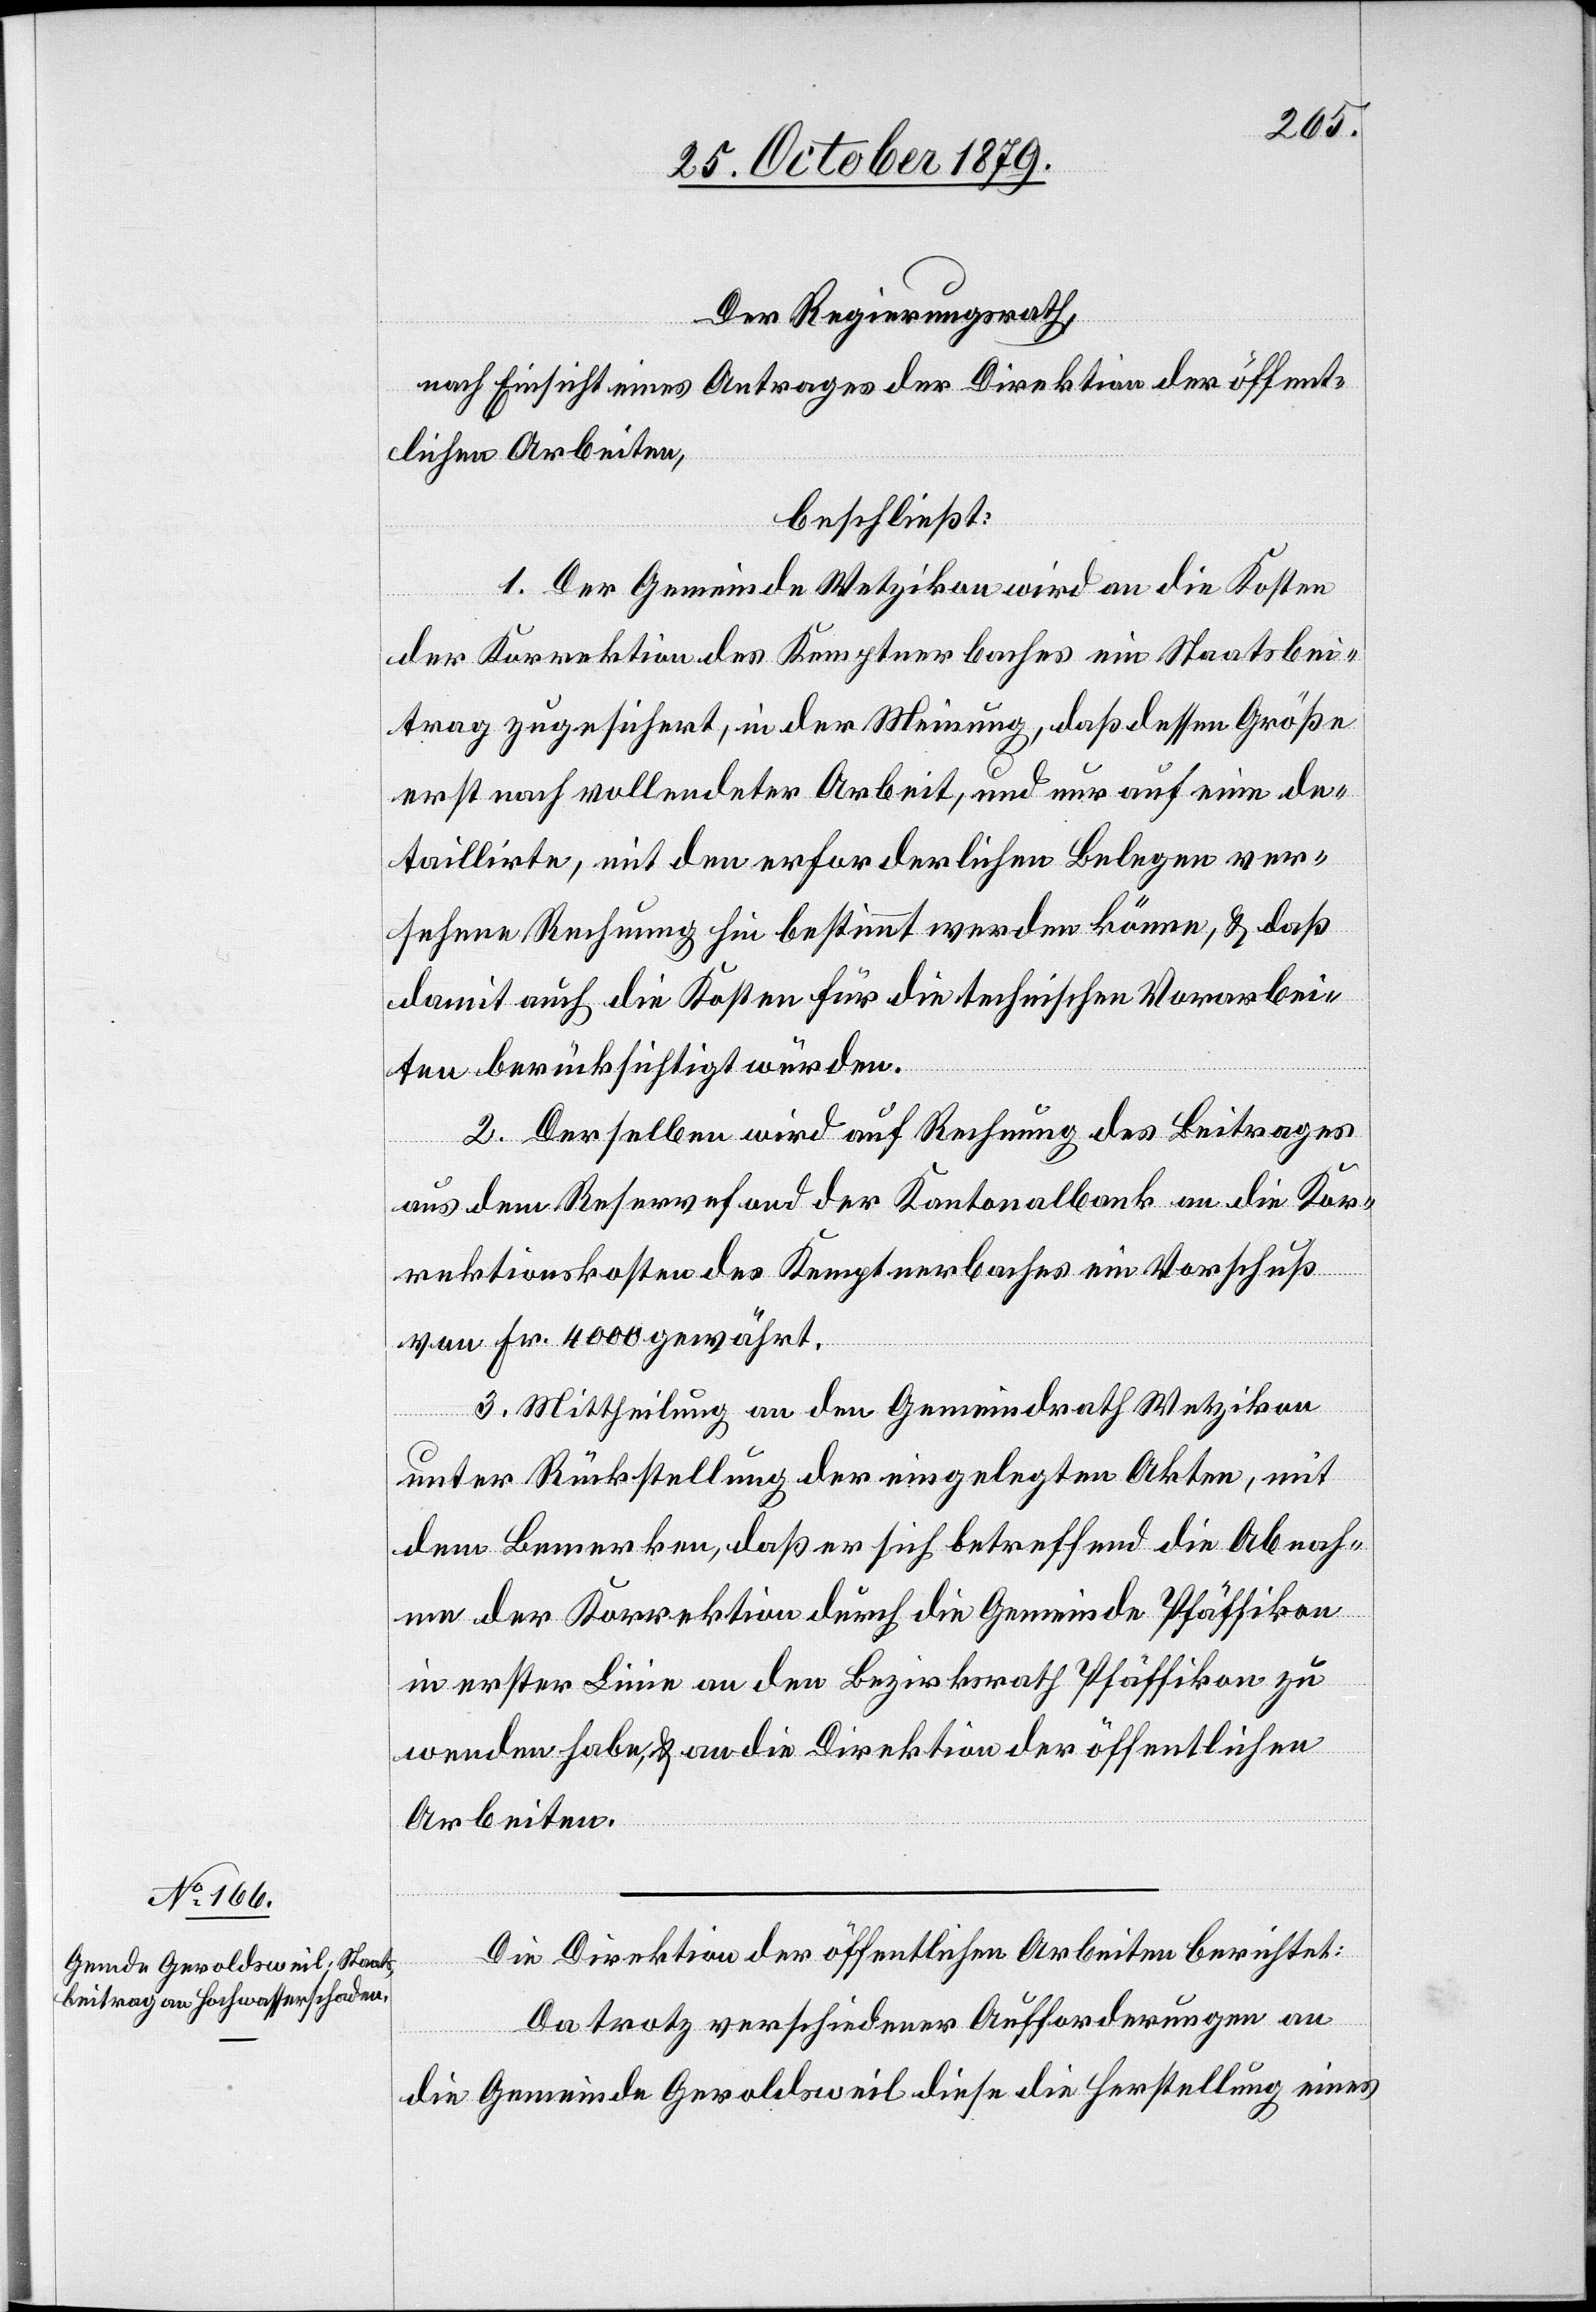
Der Regierungsrath,
nach Einsicht eines Antrages der Direktion der öffent¬
lichen Arbeiten,
beschließt:
1. Der Gemeinde Wetzikon wird an die Kosten
der Korrektion des Kemptnerbaches ein Staatsbei¬
trag zugesichert, in der Meinung, daß dessen Größe
erst nach vollendeter Arbeit, und nur auf eine de¬
taillirte, mit den erforderlichen Belegen ver¬
sehene Rechnung hin bestimmt werden könne, & daß
damit auch die Kosten für die technischen Vorarbei¬
ten berücksichtigt würden.
2. Derselben wird auf Rechnung des Beitrages
aus dem Reservefond der Kantonalbank an die Kor¬
rektionskosten des Kemptnerbaches ein Vorschuß
von Fr. 4000 gewährt.
3. Mittheilung an den Gemeindrath Wetzikon
unter Rückstellung der eingelegten Akten, mit
dem Bemerken, daß er sich betreffend die Abnah¬
me der Korrektion durch die Gemeinde Pfäffikon
in erster Linie an den Bezirksrath Pfäffikon zu
wenden habe, & an die Direktion der öffentlichen
Arbeiten.
Die Direktion der öffentlichen Arbeiten berichtet:
Da trotz verschiedenen Aufforderungen an
die Gemeinde Geroldsweil diese die Herstellung eines